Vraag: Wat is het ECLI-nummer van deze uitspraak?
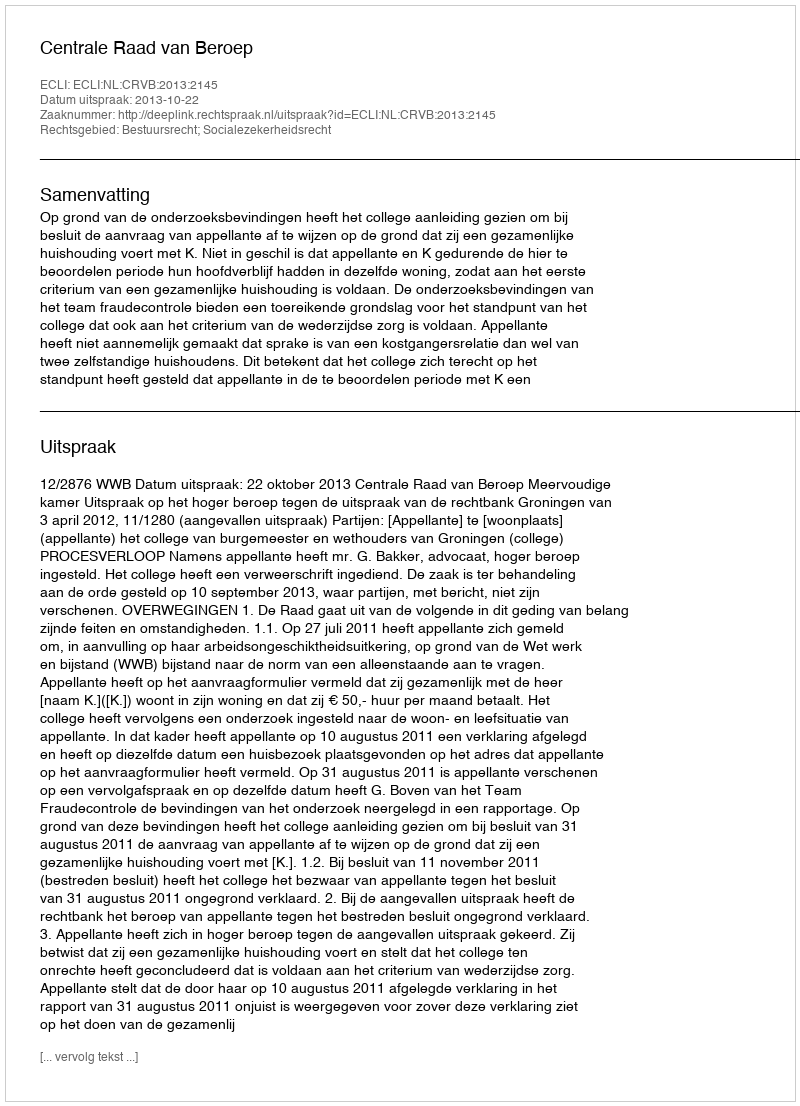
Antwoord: ECLI:NL:CRVB:2013:2145